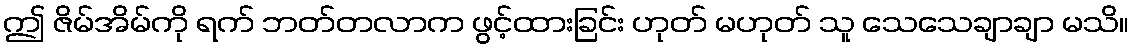
ဤ ဇိမ်အိမ်ကို ရက် ဘတ်တလာက ဖွင့်ထားခြင်း ဟုတ် မဟုတ် သူ သေသေချာချာ မသိ။